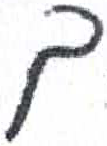
אות: ך